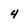
Character: 4